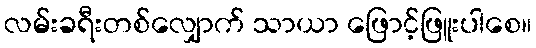
လမ်းခရီးတစ်လျှောက် သာယာ ဖြောင့်ဖြူးပါစေ။